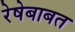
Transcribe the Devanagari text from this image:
रेषेबाबत